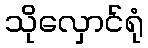
သိုလှောင်ရုံ